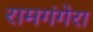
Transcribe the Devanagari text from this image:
रामगंगेरा